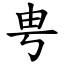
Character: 甹